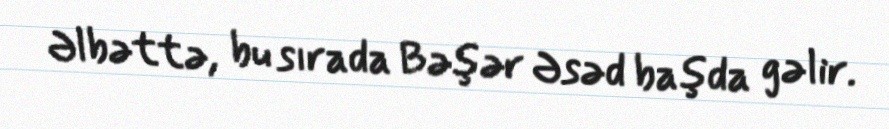
Əlbəttə, bu sırada Bəşər Əsəd başda gəlir.